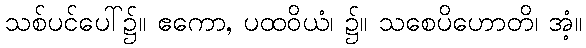
သစ်ပင်ပေါ်၌။ ဧကော, ပထဝိယံ၊ ၌။ သစေပိဟောတိ၊ အံ့။